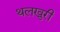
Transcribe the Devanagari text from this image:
थलखुरी